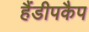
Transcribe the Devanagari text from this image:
हैंडीपकैप